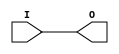
module IBUF_LVDS (O, I);

    output O;

    input  I;

	buf B1 (O, I);


endmodule